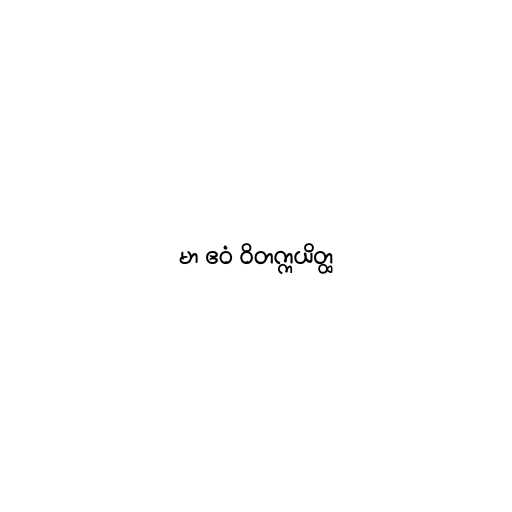
မာ ဧဝံ ဝိတက္ကယိတ္ထ